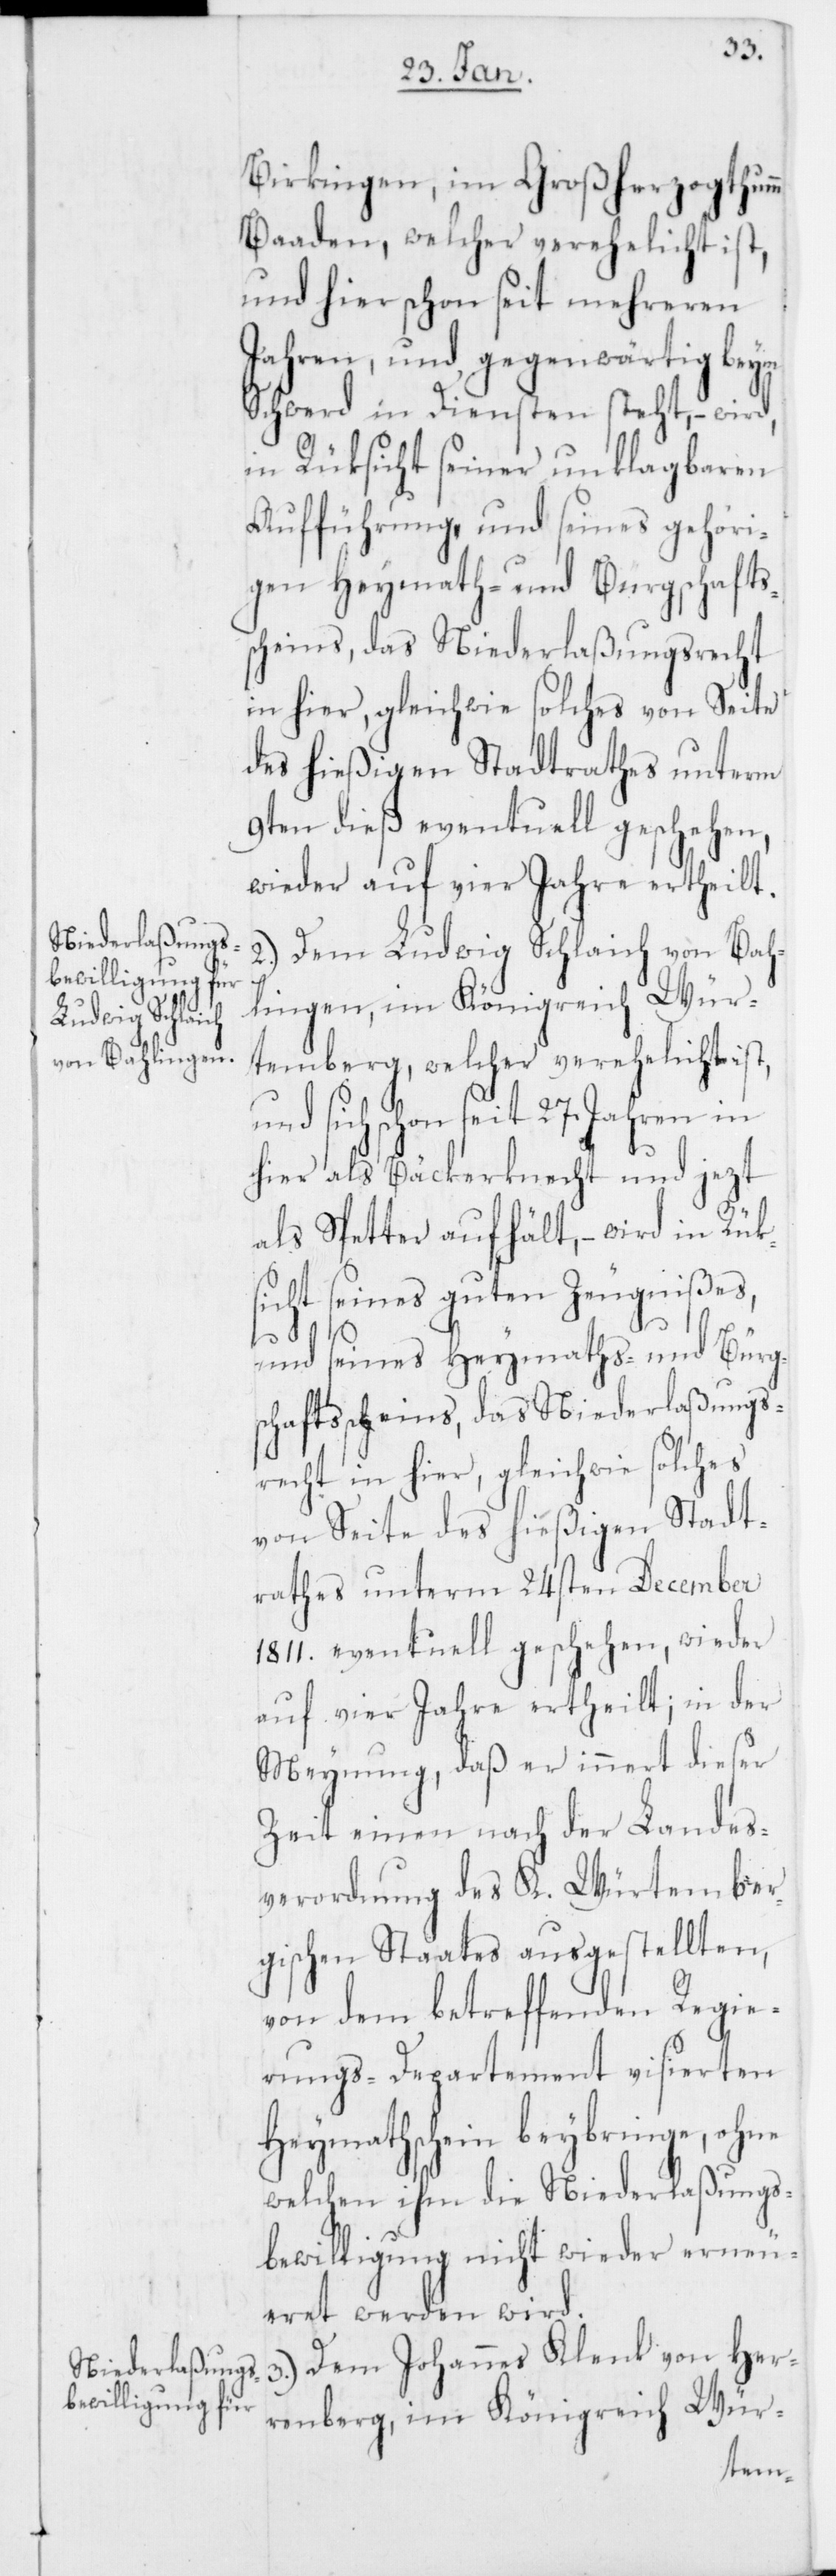
Birkingen, im Großherzogthumm
Baaden, welcher verehelicht ist,
und hier schon seit mehreren
Jahren, und gegenwärtig beym
Schwerd in Diensten steht, – wird,
in Rüksicht seiner unklagbaren
Aufführung, und seines gehöri¬
gen Heymath- und Burgschafts¬
scheins, das Niederlaßungsrecht
in hier, gleichwie solches von Seite
des hießigen Stadtrathes unterm
9ten dieß eventuell geschehen,
wieder auf vier Jahre ertheilt.
2.) Dem Ludwig Schlaich von Bah¬
lingen, im Königreich Wür¬
temberg, welcher verehelicht ist,
und sich schon seit 27. Jahren in
hier als Bäckerknecht und jezt
als Spetter aufhält, – wird in Rük¬
sicht seines guten Zeugnißes,
und seines Heymaths- und Bürg¬
schaftsscheins, das Niederlaßungs¬
recht in hier, gleichwie solches
von Seite des hießigen Stadt¬
rathes unterm 24sten December
1811. eventuell geschehen, wieder
auf vier Jahre ertheilt; in der
Meynung, daß er innert dieser
Zeit einen nach der Landes¬
verordnung des K. Würtember¬
gischen Staates ausgestellten,
von dem betreffenden Regie¬
rungs-Departement visierten
Heymathschein beybringe, ohne
welchen ihm die Niederlaßungs¬
bewilligung nicht wieder erneu¬
eret werden wird.
3. Dem Johannes Klenk von Her¬
renberg, im Königreich Wür-